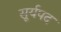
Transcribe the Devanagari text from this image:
सूर्यपद